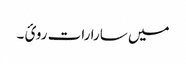
میں سارا رات روئ ۔